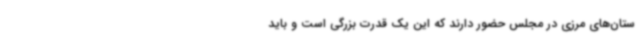
ستان‌های مرزی در مجلس حضور دارند که این یک قدرت بزرگی است و باید